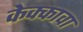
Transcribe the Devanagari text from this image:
केक्कावा